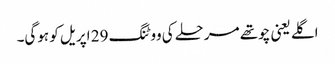
اگلے یعنی چوتھے مرحلے کی ووٹنگ 29 اپریل کو ہوگی۔